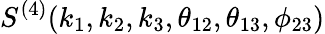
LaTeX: S^{(4)}(k_{1},k_{2},k_{3},\theta_{12},\theta_{13},\phi_{23})